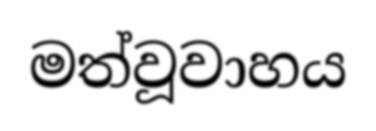
මත්වූවාහය